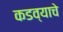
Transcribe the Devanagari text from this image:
कडव्याचे